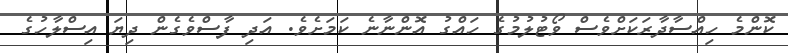
ކޮންމެ ހިއްސާދާރަކަށްވެސް ވޯޓުލުމުގެ ހައްގު އޮންނާނެ ކަމަށެވެ. އަދި ފާސްވެގެން ދިޔަ އިސްލާހުގެ